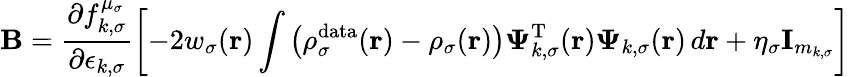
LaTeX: \boldsymbol{\textbf{B}}=\frac{\partial f_{k,\sigma}^{\mu_{\sigma}}}{\partial\epsilon_{k,\sigma}}\left[-2w_{\sigma}(\boldsymbol{\textbf{r}})\int\left(\rho_{\sigma}^{\mathrm{data}}(\boldsymbol{\textbf{r}})-\rho_{\sigma}(\boldsymbol{\textbf{r}})\right)\boldsymbol{\Psi}_{k,\sigma}^{\mathrm{T}}(\boldsymbol{\textbf{r}})\boldsymbol{\Psi}_{k,\sigma}(\boldsymbol{\textbf{r}})\, d\boldsymbol{\textbf{r}}+\eta_{\sigma}\textbf{I}_{m_{k,\sigma}}\right]